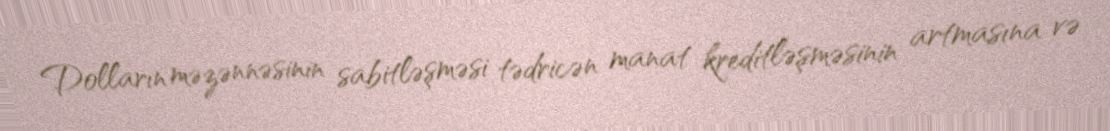
Dolların məzənnəsinin sabitləşməsi tədricən manat kreditləşməsinin artmasına və